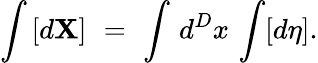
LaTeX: \int\, [d\mathbf{X}]\, \, =\, \, \int\, d^{D}x\, \int[d\eta].